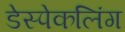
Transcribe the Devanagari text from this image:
डेस्पेकलिंग